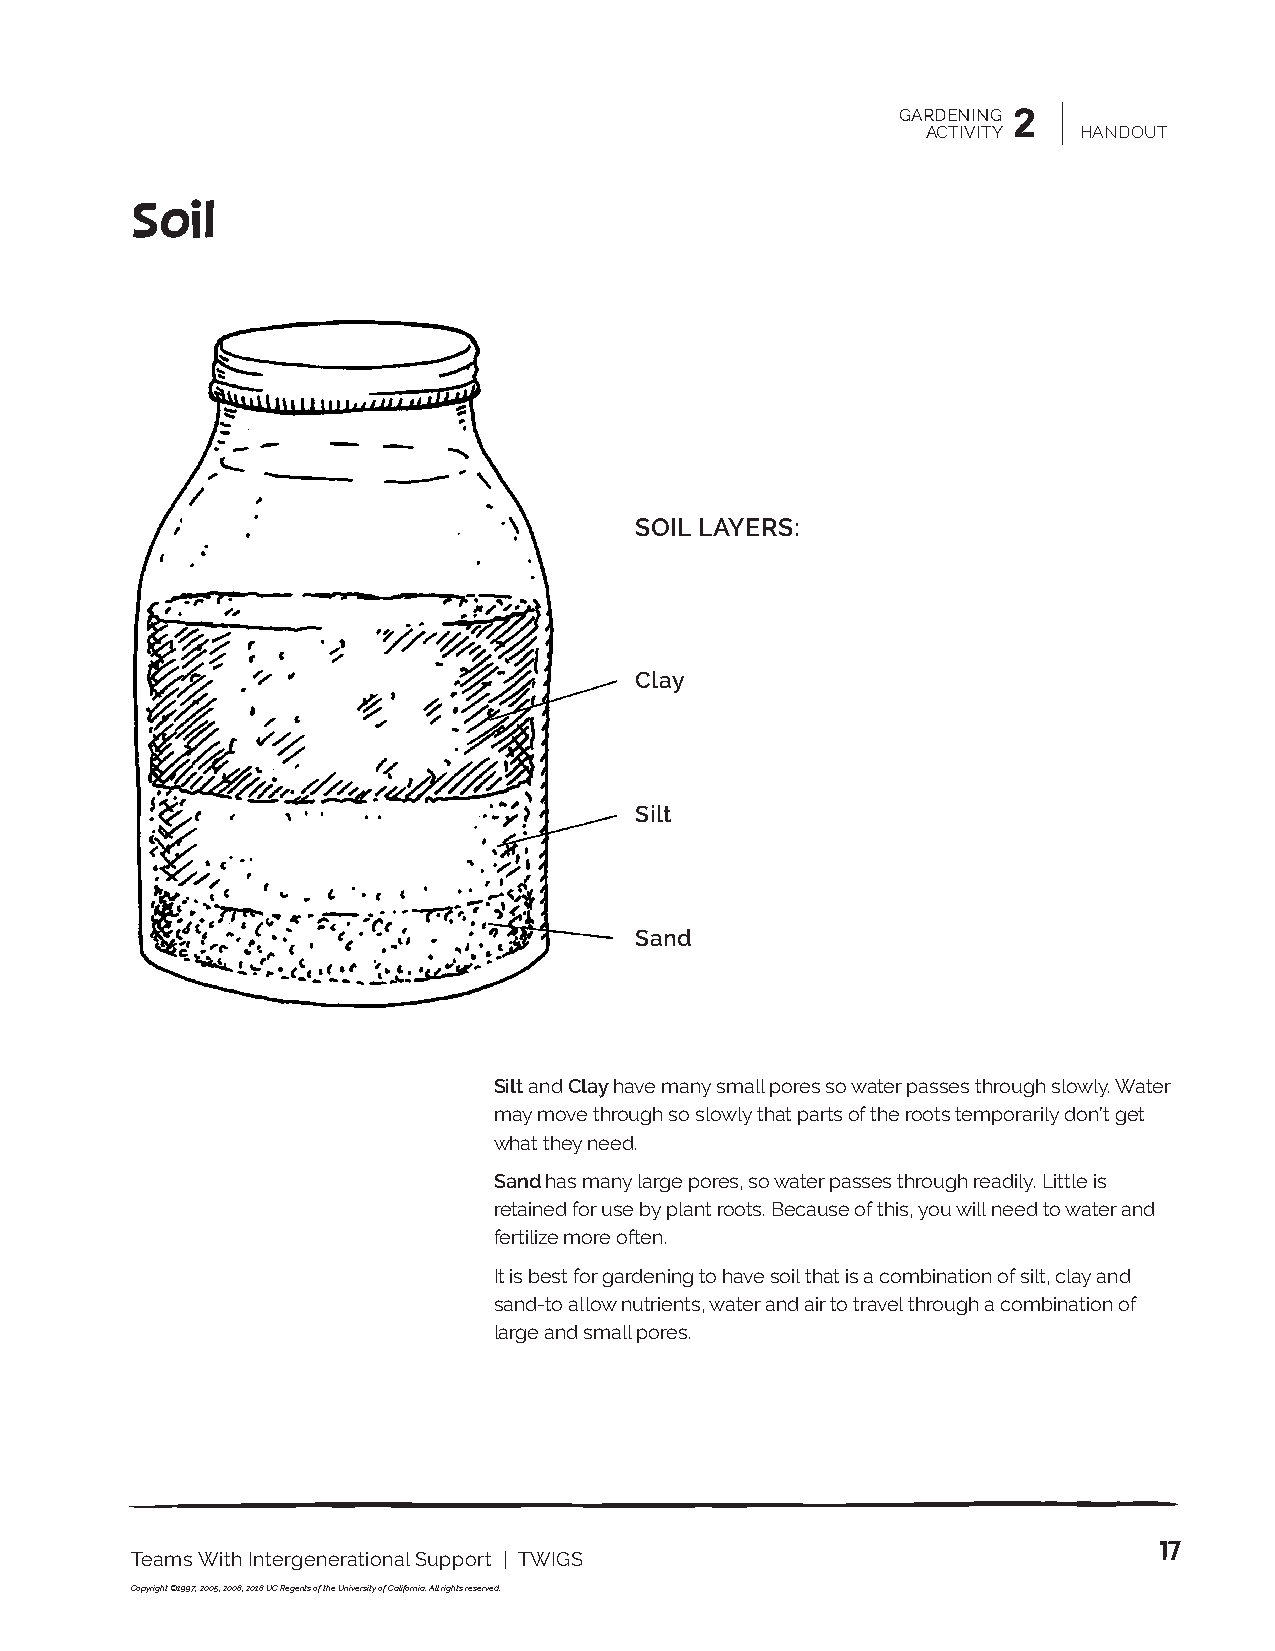
GARDENING 2
 ACTIVITY  HANDOUT
 Soil
 SOIL LAYERS:
 Clay
 Silt
 Sand
 Silt and Clay have many small pores so water passes through slowly. Water
 may move through so slowly that parts of the roots temporarily don’t get
 what they need.
 Sand has many large pores, so water passes through readily. Little is
 retained for use by plant roots. Because of this, you will need to water and
 fertilize more often.
 It is best for gardening to have soil that is a combination of silt, clay and
 sand-to allow nutrients, water and air to travel through a combination of
 large and small pores.
 17
 Teams With Intergenerational Support | TWIGS
 Copyright ©1997, 2005, 2008, 2018 UC Regents of the University of California. All rights reserved.